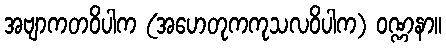
အဗျာကတဝိပါက (အဟေတုကကုသလဝိပါက) ဝဏ္ဏနာ။